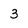
Character: 3